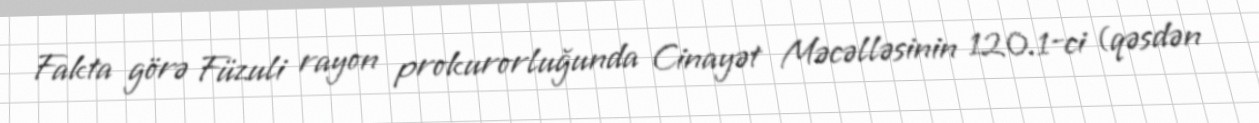
Fakta görə Füzuli rayon prokurorluğunda Cinayət Məcəlləsinin 120.1-ci (qəsdən